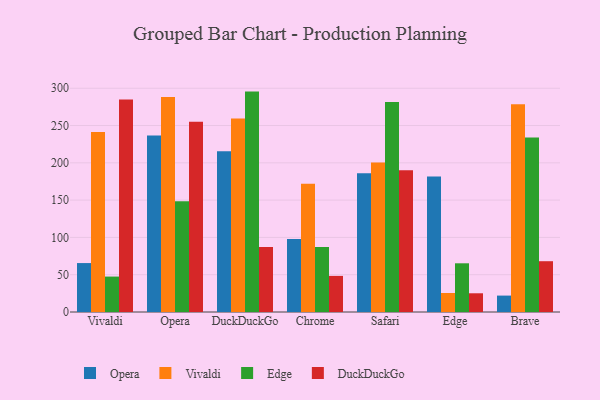
{"axis": {"x": "Browser", "y": "Budget (USD K)"}, "legend": ["DuckDuckGo", "Edge", "Opera", "Vivaldi"], "data": [{"x": "Vivaldi", "y": 65.6, "type": "Opera"}, {"x": "Vivaldi", "y": 241.2, "type": "Vivaldi"}, {"x": "Vivaldi", "y": 47.5, "type": "Edge"}, {"x": "Vivaldi", "y": 284.8, "type": "DuckDuckGo"}, {"x": "Opera", "y": 236.6, "type": "Opera"}, {"x": "Opera", "y": 288.4, "type": "Vivaldi"}, {"x": "Opera", "y": 148.6, "type": "Edge"}, {"x": "Opera", "y": 255.1, "type": "DuckDuckGo"}, {"x": "DuckDuckGo", "y": 215.4, "type": "Opera"}, {"x": "DuckDuckGo", "y": 259.3, "type": "Vivaldi"}, {"x": "DuckDuckGo", "y": 295.5, "type": "Edge"}, {"x": "DuckDuckGo", "y": 87.0, "type": "DuckDuckGo"}, {"x": "Chrome", "y": 98.0, "type": "Opera"}, {"x": "Chrome", "y": 171.9, "type": "Vivaldi"}, {"x": "Chrome", "y": 87.0, "type": "Edge"}, {"x": "Chrome", "y": 48.4, "type": "DuckDuckGo"}, {"x": "Safari", "y": 186.0, "type": "Opera"}, {"x": "Safari", "y": 200.5, "type": "Vivaldi"}, {"x": "Safari", "y": 281.7, "type": "Edge"}, {"x": "Safari", "y": 190.1, "type": "DuckDuckGo"}, {"x": "Edge", "y": 181.6, "type": "Opera"}, {"x": "Edge", "y": 25.5, "type": "Vivaldi"}, {"x": "Edge", "y": 65.3, "type": "Edge"}, {"x": "Edge", "y": 25.1, "type": "DuckDuckGo"}, {"x": "Brave", "y": 22.0, "type": "Opera"}, {"x": "Brave", "y": 278.7, "type": "Vivaldi"}, {"x": "Brave", "y": 234.1, "type": "Edge"}, {"x": "Brave", "y": 68.1, "type": "DuckDuckGo"}]}